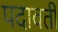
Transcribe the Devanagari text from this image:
पदावती